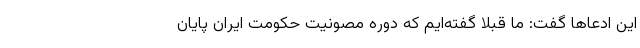
این ادعاها گفت: ما قبلا گفته‌ایم که دوره مصونیت حکومت ایران پایان